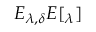
E _ { \lambda , \delta } E [ _ { \lambda } ]